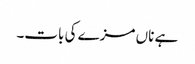
ہے ناں مزے کی بات۔